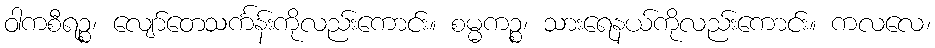
ဝါကစီရဉ္စ၊ လျော်တေသင်္ကန်းကိုလည်းကောင်း။ စမ္မကဉ္စ၊ သားရေနယ်ကိုလည်းကောင်း။ ကလလေ၊